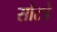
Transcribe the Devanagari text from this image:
सोटडे